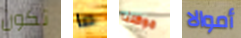
تكون ما موكلنا أموالا